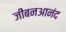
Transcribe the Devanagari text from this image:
जीबनआनंद